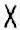
X